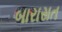
બારાસત